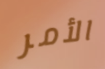
الأمر